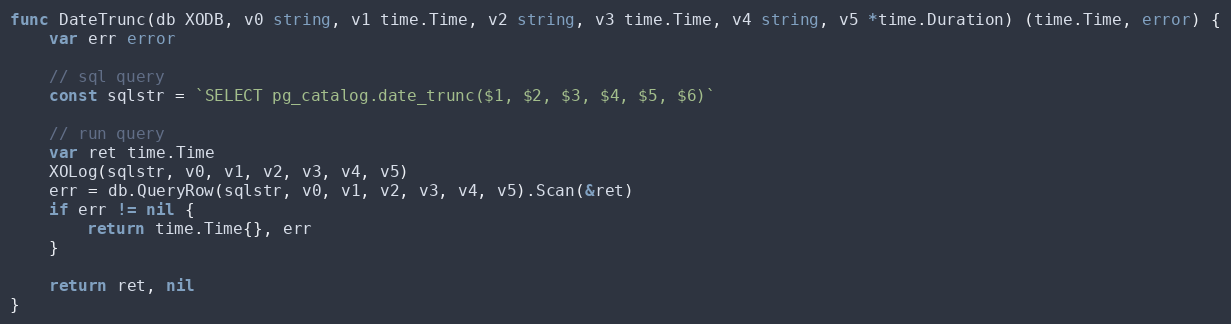
Language: Go
func DateTrunc(db XODB, v0 string, v1 time.Time, v2 string, v3 time.Time, v4 string, v5 *time.Duration) (time.Time, error) {
	var err error

	// sql query
	const sqlstr = `SELECT pg_catalog.date_trunc($1, $2, $3, $4, $5, $6)`

	// run query
	var ret time.Time
	XOLog(sqlstr, v0, v1, v2, v3, v4, v5)
	err = db.QueryRow(sqlstr, v0, v1, v2, v3, v4, v5).Scan(&ret)
	if err != nil {
		return time.Time{}, err
	}

	return ret, nil
}